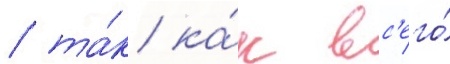
/ та́к ка́к вс'его́